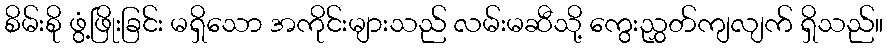
စိမ်းစို ဖွံ့ဖြိုးခြင်း မရှိသော အကိုင်းများသည် လမ်းမဆီသို့ ကွေးညွှတ်ကျလျက် ရှိသည်။